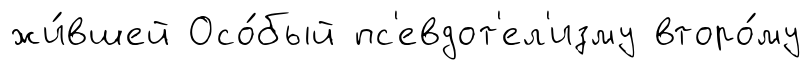
жи́вшей Осо́бый пс'евдот'ел'изму второ́му